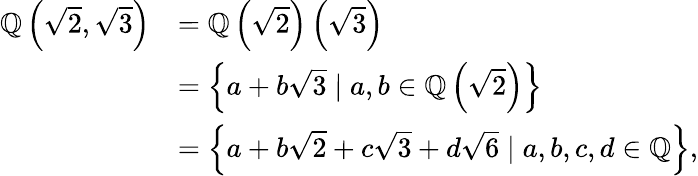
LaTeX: {\begin{array}{rl}{\mathbb{Q}\left({\sqrt{2}},{\sqrt{3}}\right)}&{=\mathbb{Q}\left({\sqrt{2}}\right)\left({\sqrt{3}}\right)}\\ &{=\left\{ a+b{\sqrt{3}}\mid a,b\in\mathbb{Q}\left({\sqrt{2}}\right)\right\} }\\ &{=\left\{ a+b{\sqrt{2}}+c{\sqrt{3}}+d{\sqrt{6}}\mid a,b,c,d\in\mathbb{Q}\right\} ,}\end{array}}